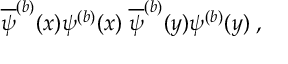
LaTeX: \overline { { { \psi } } } ^ { ( b ) } ( x ) \psi ^ { ( b ) } ( x ) \; \overline { { { \psi } } } ^ { ( b ) } ( y ) \psi ^ { ( b ) } ( y ) \; ,